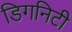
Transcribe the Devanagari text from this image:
डिगनिटी